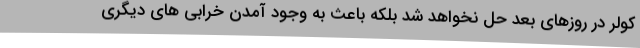
کولر در روزهای بعد حل نخواهد شد بلکه باعث به وجود آمدن خرابی های دیگری